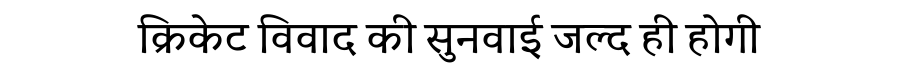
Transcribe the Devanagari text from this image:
क्रिकेट विवाद की सुनवाई जल्द ही होगी